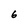
Character: 6